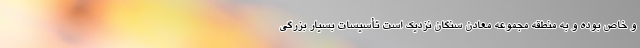
و خاص بوده و به منطقه مجموعه معادن سنگان نزدیک است تأسیسات بسیار بزرگی